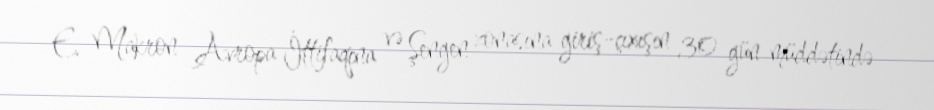
E. Makron Avropa İttifaqına və Şengen zonasına giriş-çıxışın 30 gün müddətində